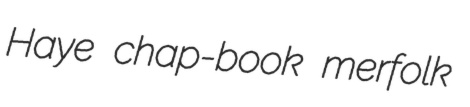
Haye chap-book merfolk